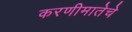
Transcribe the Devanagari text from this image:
करणीमातेचे